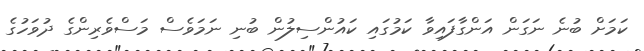
ކަމަށް ބުނެ ނަގަން އަންގާފައިވާ ކަމުގައި ކައުންސިލުން ބުނި ނަމަވެސް މަސްވެރިންގެ ދުވަހުގެ